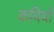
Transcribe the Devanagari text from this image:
कविर्यो